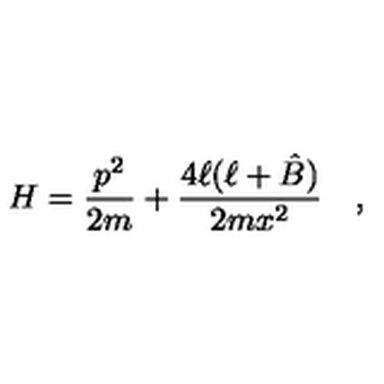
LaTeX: H = { \frac { p ^ { 2 } } { 2 m } } + { \frac { 4 \ell ( \ell + \hat { B } ) } { 2 m x ^ { 2 } } } \quad ,